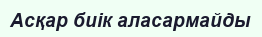
Асқар биiк аласармайды